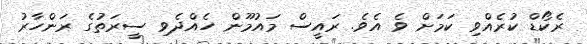
ރެކޯޑް ކުރެއްވި ކަމަށް ވެ އެވެ. ރައީސް މައުމޫން ހެއްދެވި ސީރަތުގެ ރަންހާރު